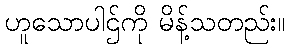
ဟူသောပါဌ်ကို မိန့်သတည်း။